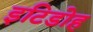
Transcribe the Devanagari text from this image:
इटिडोह